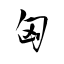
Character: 匈